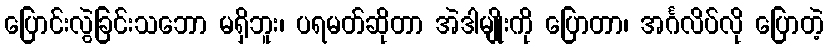
ပြောင်းလွဲခြင်းသဘော မရှိဘူး၊ ပရမတ်ဆိုတာ အဲဒါမျိုးကို ပြောတာ၊ အင်္ဂလိပ်လို ပြောတဲ့